Report on the working of the Ranchi Indian Mental Hospital, Kanke, in Bihar and Orissa - 1930-1940
Year: 1930
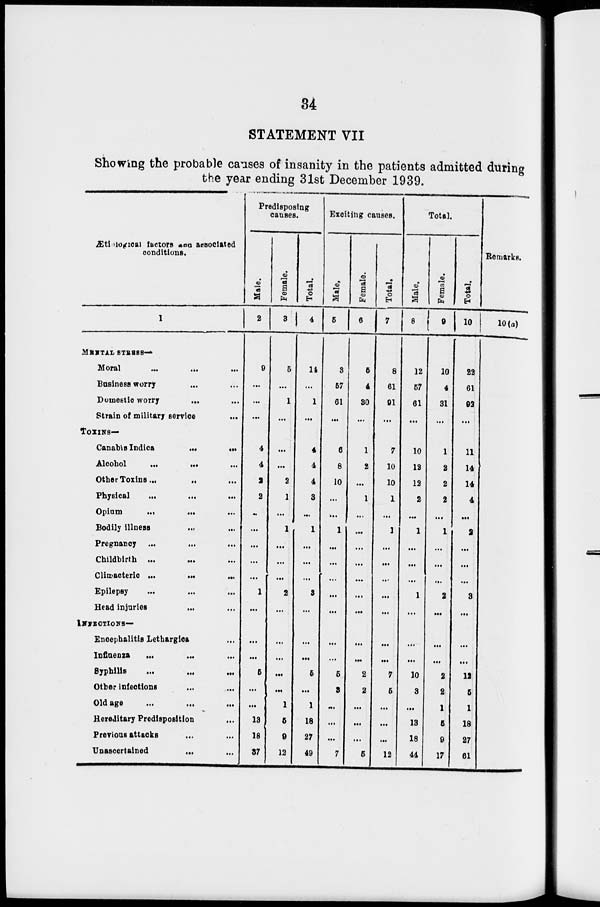
34
STATEMENT VII
Showing the probable causes of insanity in the patients admitted during
the year ending 31st December 1939.
Ætiological factors and associated
conditions.
1
MENTAL STRESS—
Moral
... ... ...
Business worry ... ...
Domestic worry ... ...
Strain of military service
...
TOXINS—
Canabis Indica ... ...
Alcohol ... ... ...
Other Toxins ... ... ...
Physical ... ... ...
Opium
...
...
...
Bodily illness ... ...
Pregnancy ... ... ...
Childbirth ...
... ...
Climacteric ... ... ...
Epilepsy ... ... ...
Head injuries ... ...
INFECTIONS—
Encephalitis Lethargica ...
Influenza
...
...
...
Syphilis ... ... ...
Other infections ... ...
Old age ... ...
Hereditary Predisposition ...
Previous attacks ... ...
Unascertained ... ...
Predisposing
causes.
Male.
2
9
...
...
...
4
4
2
2
...
...
...
...
...
1
...
...
...
5
...
...
13
18
37
Female.
3
5
...
1
...
...
...
2
1
...
1
...
...
...
2
...
...
...
...
...
1
5
9
12
Total.
4
14
...
1
...
4
4
4
3
...
1
...
...
...
3
...
...
...
5
...
1
18
27
49
Exciting causes.
Male.
5
3
57
61
...
6
8
10
...
...
1
...
...
...
...
...
...
...
5
3
...
...
...
7
Female.
6
5
4
30
...
1
2
...
1
...
...
...
...
...
...
...
...
...
2
2
...
...
...
5
Total.
7
8
61
91
...
7
10
10
1
...
1
...
...
...
...
...
...
...
7
5
...
...
...
12
Total.
Male.
8
12
57
61
...
10
12
12
2
...
1
...
...
...
1
...
...
...
10
3
...
13
18
44
Female.
9
10
4
31
...
1
2
2
2
...
1
...
...
...
2
...
...
...
2
2
1
5
9
17
Total.
10
22
61
92
...
11
14
14
4
...
2
...
...
...
3
...
...
...
12
5
1
18
27
61
Remarks.
10(a)